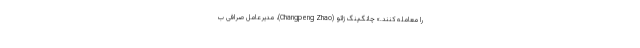
را معامله کنند.» چانگ‌پنگ ژائو (Changpeng Zhao)، مدیرعامل صرافی ب